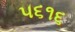
૫૬૧૬